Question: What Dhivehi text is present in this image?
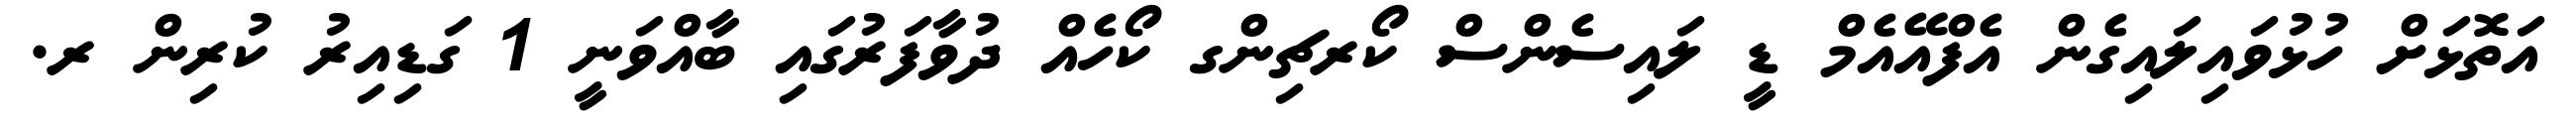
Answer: އަތޮޅަށް ހުޅުވައިލައިގެން އެފްއޭއެމް ޑީ ލައިސެންސް ކޯރޗިންގ ކޯހެއް ދުވާފަރުގައި ބާއްވަނީ 1 ގަޑިއިރު ކުރިން ރ.